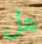
هل